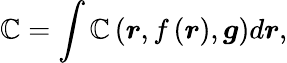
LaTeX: \mathbb{C}=\int\mathcal{{\mathbb{C}}}\left(\boldsymbol{r},f\left(\boldsymbol{r}\right),\boldsymbol{g}\right)d\boldsymbol{r},